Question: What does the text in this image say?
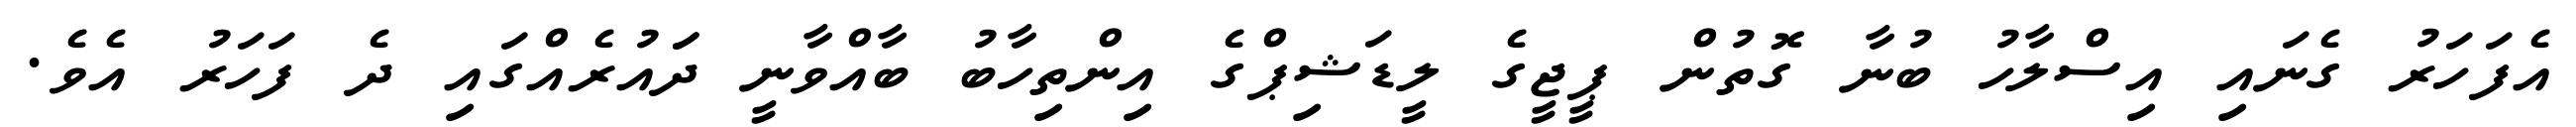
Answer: އެފަހަރު ގެނައި އިސްލާހު ބުނާ ގޮތުން ޕީޖީގެ ލީޑަޝިޕްގެ އިންތިހާބު ބާއްވާނީ ދަައުރެއްގައި ދެ ފަހަރު އެވެ.